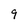
Character: 9